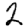
Digit: 2